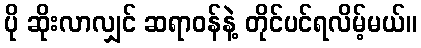
ပို ဆိုးလာလျှင် ဆရာဝန်နဲ့ တိုင်ပင်ရလိမ့်မယ်။